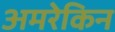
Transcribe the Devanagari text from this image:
अमरेकिन